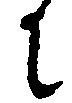
に